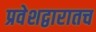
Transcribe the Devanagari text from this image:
प्रवेशद्वारातच